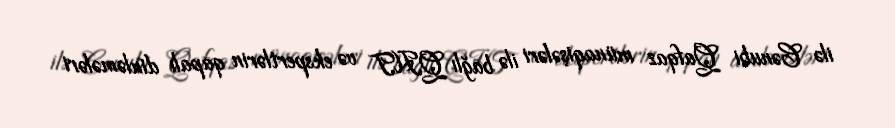
ilə Cənubi Qafqaz münaqişələri ilə bağlı QHT və ekspertlərin qapalı dinləmələri